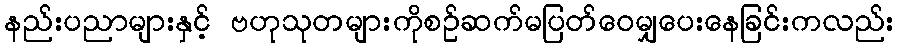
နည်းပညာများနှင့် ဗဟုသုတများကိုစဉ်ဆက်မပြတ်ဝေမျှပေးနေခြင်းကလည်း